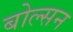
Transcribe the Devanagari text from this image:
बोल्सन